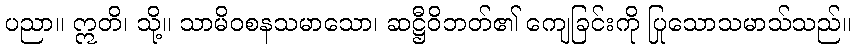
ပညာ။ ဣတိ၊ သို့။ သာမိဝစနသမာသော၊ ဆဋ္ဌီဝိဘတ်၏ ကျေခြင်းကို ပြုသောသမာသ်သည်။